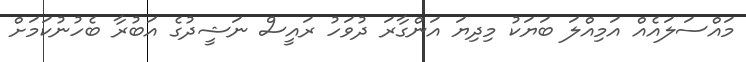
މައްސަލައެއް އަމިއްލަ ބަޔަކު މިދިޔަ އަންގާރަ ދުވަހު ރައީސް ނަޝީދުގެ އަބުރާ ބެހުނުކަމަށް